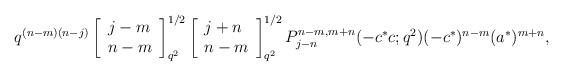
LaTeX: \begin{align*}q^{(n-m)(n-j)}\left[ \begin{array}{l}j-m\\n-m\end{array}\right]^{1/2}_{q^{2}}\left[ \begin{array}{l}j+n\\n-m\end{array}\right]^{1/2}_{q^{2}}P^{n-m,m+n}_{j-n}(-c^{*}c;q^2) (-c^{*})^{n-m}(a^{*})^{m+n}, \end{align*}